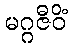
မဂ္ဂဇီဝိံ